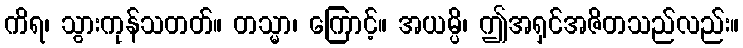
ကိရ၊ သွားကုန်သတတ်။ တသ္မာ၊ ကြောင့်။ အယမ္ပိ၊ ဤအရှင်အဇိတသည်လည်း။